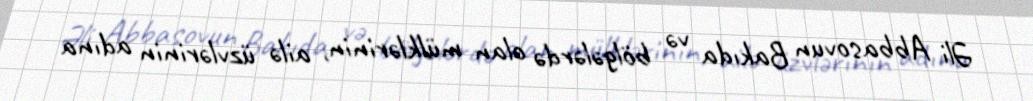
Əli Abbasovun Bakıda və bölgələrdə olan mülklərinin, ailə üzvlərinin adına